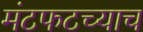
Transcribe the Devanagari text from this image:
मंटफटच्याच